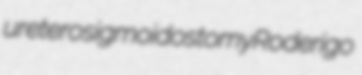
ureterosigmoidostomy Roderigo